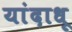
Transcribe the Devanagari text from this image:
यांदाधू